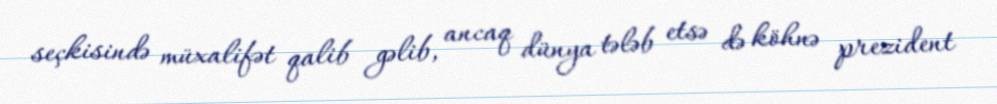
seçkisində müxalifət qalib gəlib, ancaq dünya tələb etsə də köhnə prezident